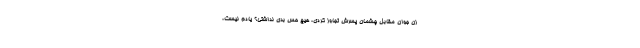
زن جوان مقابل چشمان پسرش تجاوز کردی، هیچ حس بدی نداشتی؟ یادم نیست،